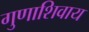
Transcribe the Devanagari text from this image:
गुणाशिवाय